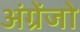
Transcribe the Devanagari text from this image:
अंग्रेंजो